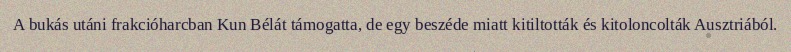
A bukás utáni frakcióharcban Kun Bélát támogatta, de egy beszéde miatt kitiltották és kitoloncolták Ausztriából.